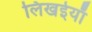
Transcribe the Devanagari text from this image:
लिखईयाँ